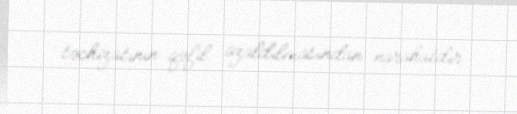
təchizatının qəfil azaldılmasından narahatdır.